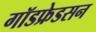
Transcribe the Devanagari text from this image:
गॉडफ्रेडसन